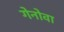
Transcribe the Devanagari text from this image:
गेनोवा